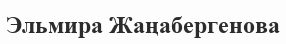
Эльмира Жаңабергенова